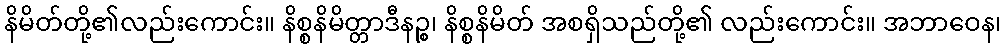
နိမိတ်တို့၏လည်းကောင်း။ နိစ္စနိမိတ္တာဒီနဉ္စ၊ နိစ္စနိမိတ် အစရှိသည်တို့၏ လည်းကောင်း။ အဘာဝေန၊